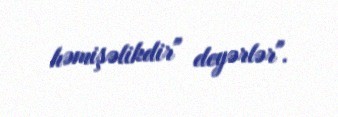
həmişəlikdir" deyərlər".